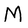
Character: M